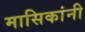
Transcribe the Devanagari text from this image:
मासिकांनी